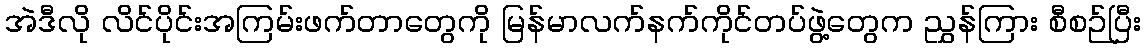
အဲဒီလို လိင်ပိုင်းအကြမ်းဖက်တာတွေကို မြန်မာလက်နက်ကိုင်တပ်ဖွဲ့တွေက ညွှန်ကြား စီစဉ်ပြီး